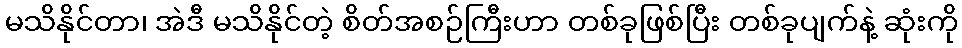
မသိနိုင်တာ၊ အဲဒီ မသိနိုင်တဲ့ စိတ်အစဉ်ကြီးဟာ တစ်ခုဖြစ်ပြီး တစ်ခုပျက်နဲ့ ဆုံးကို